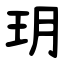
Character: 玥